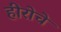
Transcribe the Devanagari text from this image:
हीरोचे